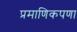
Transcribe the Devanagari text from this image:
प्रमाणिकपणा